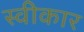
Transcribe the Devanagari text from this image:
स्वीकार